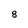
Character: 8